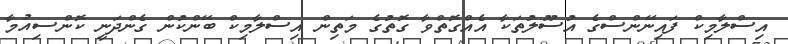
އިސްލާމިކް ފައިނޭންސްގެ އުސޫލުތަކާ އެއްގޮތްވާ ގޮތުގެ މަތިން އިސްލާމިކް ބޭންކުން ގެންދަނީ ކޮންސިއުމާ